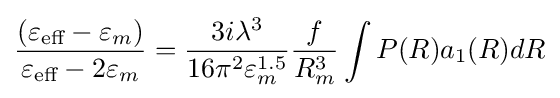
{\frac {(\varepsilon _{\text{eff}}-\varepsilon _{m})}{\varepsilon _{\text{eff}}-2\varepsilon _{m}}}={\frac {3i\lambda ^{3}}{16\pi ^{2}\varepsilon _{m}^{1.5}}}{\frac {f}{R_{m}^{3}}}\int P(R)a_{1}(R)dR